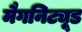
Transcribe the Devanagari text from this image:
मैगनिट्यूड